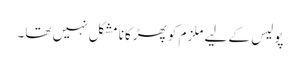
پولیس کے لیے ملزم کو پھڑکانا مشکل نہیں تھا۔